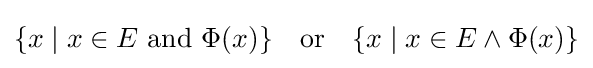
\{x\mid x\in E{\text{ and }}\Phi (x)\}\quad {\text{or}}\quad \{x\mid x\in E\land \Phi (x)\}